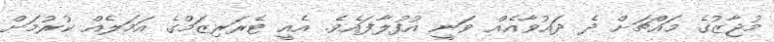
މުޖާޒުގެ މައްޗަށް ދެ ދައުވާއެއް ވަނީ އުފުލާފައެވެ. އެއީ ޓެރަރިޒަމްގެ އަމަލެއް ކުރުމަށް